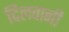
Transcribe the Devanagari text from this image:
दिलवानी